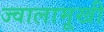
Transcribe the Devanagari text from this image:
ज्वालामूखी